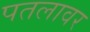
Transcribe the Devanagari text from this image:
पतलावर